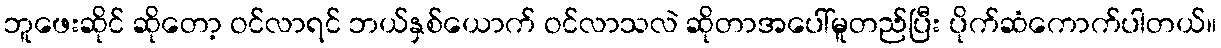
ဘူဖေးဆိုင် ဆိုတော့ ဝင်လာရင် ဘယ်နှစ်ယောက် ဝင်လာသလဲ ဆိုတာအပေါ်မူတည်ပြီး ပိုက်ဆံကောက်ပါတယ်။